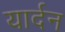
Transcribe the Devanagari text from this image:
यार्दन